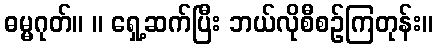
ဓမ္မဂုတ်။ ။ ရှေ့ဆက်ပြီး ဘယ်လိုစီစဉ်ကြတုန်း။